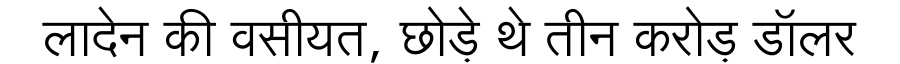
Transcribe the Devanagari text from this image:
लादेन की वसीयत, छोड़े थे तीन करोड़ डॉलर